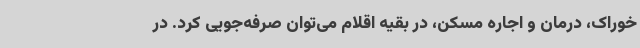
خوراک، درمان و اجاره مسکن، در بقیه اقلام می‌توان صرفه‌جویی کرد. در